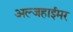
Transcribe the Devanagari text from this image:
अल्जहाईमर